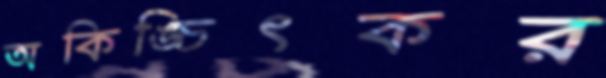
অকিঙ্চিৎকর